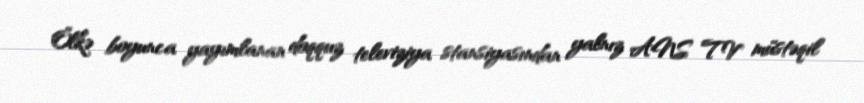
Ölkə boyunca yayımlanan doqquz televiziya stansiyasından yalnız ANS TV müstəqil